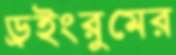
ড্রইংরুমের